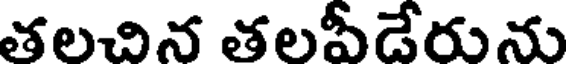
తలచిన తలపీడేరును